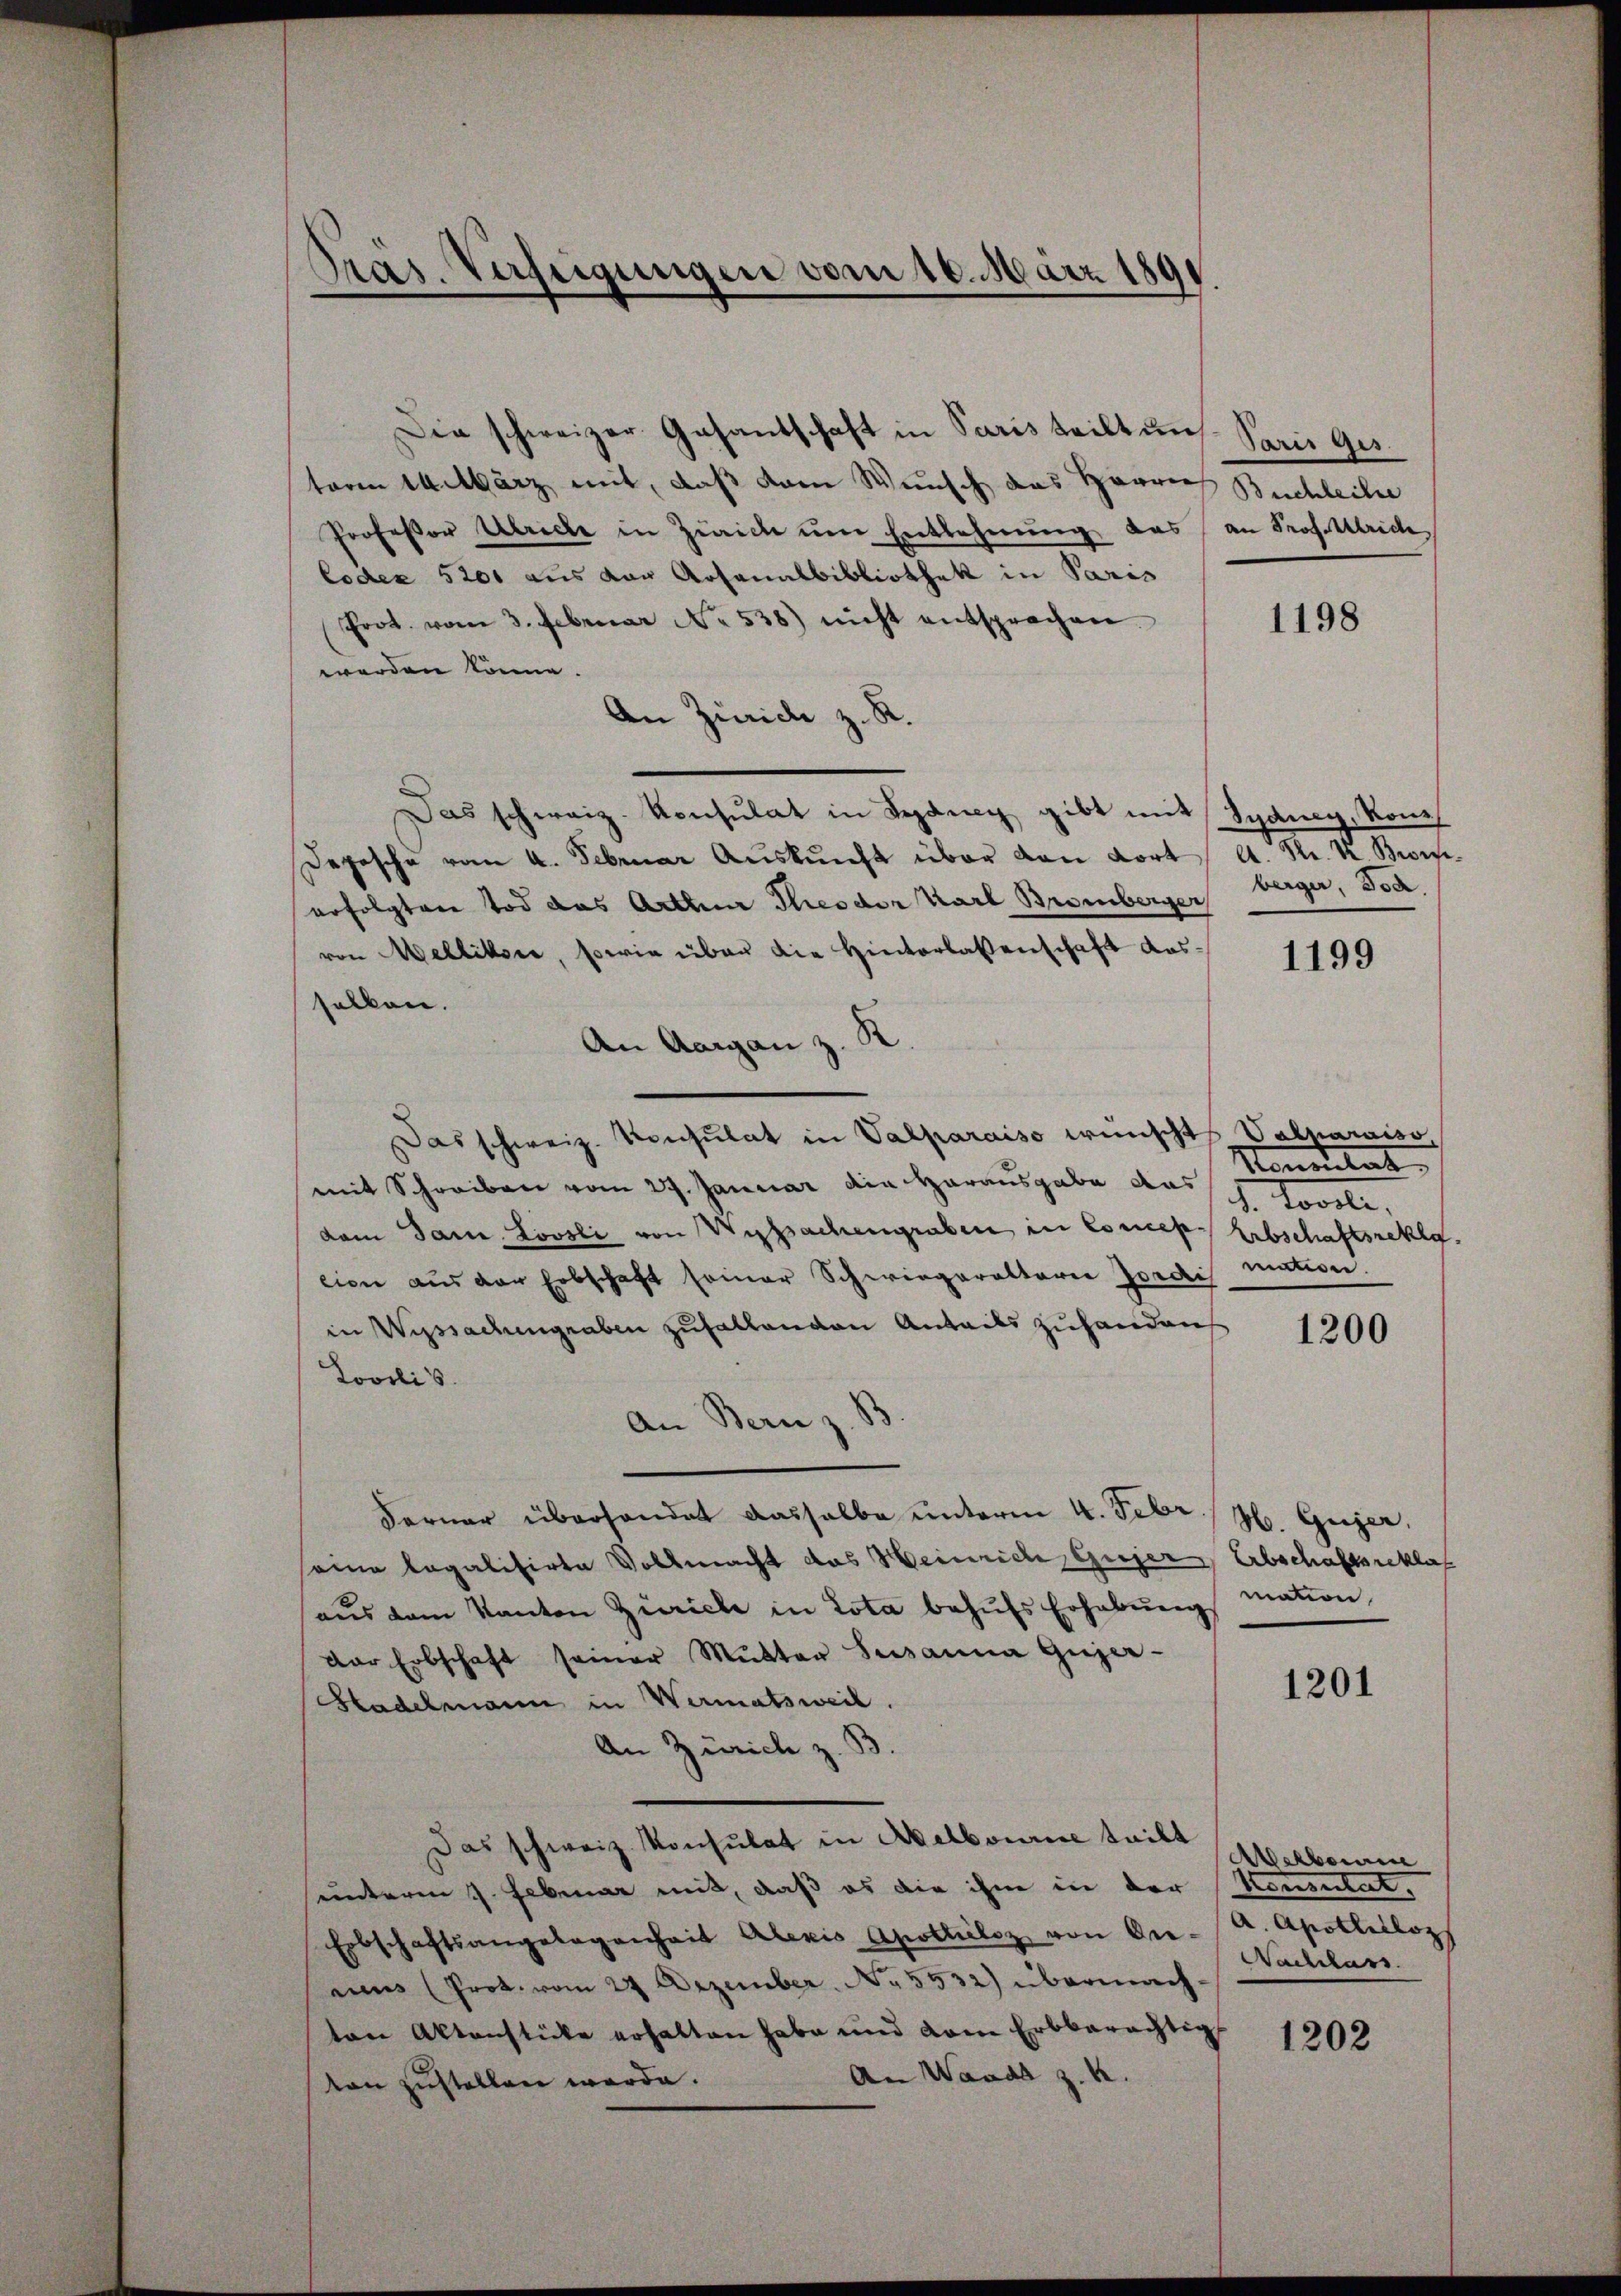
Pras. Verfeigungen vom 10. März 1891

Die schweizer Gesantschaft in Paris teilt uns
toren 14. März mit, daß dem Wunsch das Herren
Professor Ulricle in Zürich ŭm Entlehnŭng das an Prof. Kleide
Codex 5200 aus von Aosonalbibliothek in Paris
Prot. vom 3. Februar No 538) nicht entsprochen.
werden könne.
An Zürich z. R.
Das schweiz. Konsulat in Sydig gibt mit Sydnig, Kon¬
Depesche vom 4. Februar Aŭskŭnft über von Kort/ A. Sr. K. Briserfolgten Tod das Arthur Theodor Karl Bromberger berger, Jod.
von Mellisie, sowie über die Hinterlassenschaft ausselben.
An Aargau z. R.
Das schweiz. Konsulat in Valparaiso wünscht Valparaiso
mit Schreiben vom 27. Januar die Herausgabe das
dam Jan. Loosli von Ursachengraben in Conces Erbschaftsrekla
cion aus der Erbschaft seiner Schwiegeraltaria Jordi mation.
in Wyssachungraben zufallenden Anteils zuhandens 1300
Lovilis.
An Bern z. B.
Ferner überhandet dasselbe unterm 4. Febr. / H. Gujer,
seine legalisirte Vollmacht das Heinrich Gujer, Erbschaftsreklag
mation,
aŭs dem Kanton Zürich in Lota behŭfs Erhebŭng
der Erbschaft seiner Mutter Susanna Gujer-
1201
Hadelmann in Wermatsweil.
An Zürich z. B.
Das schweiz. Konsulat in Abelbourne teilt
Atelbarem
unterm 7. Februar mit, daß es die ihm in der Konsulat,
a. Apotliiloz
Erbschaftsangelegenheit Alexis Apothelez von Er-
Nachlass
nius (Prot. vom 27 Dezember. No. 5532) übermachton Aktenstücke erhalten habe und vom Erbberechtig
1202
An Waadt z. K.
ton zustellen werde.

Parii Ges.
Buchleihe

1198

1199

Momentat
d. Novell,